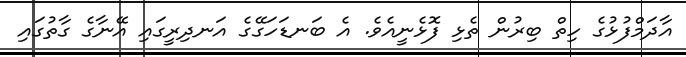
އާދަމްފުޅުގެ ހިތް ބިރުން ތެޅި ފޮޅެނީއެވެ. އެ ބަނޑަހަގޭގެ އަނދިރީގައި އޭނާގެ ގާތުގައި